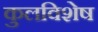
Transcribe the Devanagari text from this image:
कुलविशेष